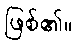
ဖြစ်၏။